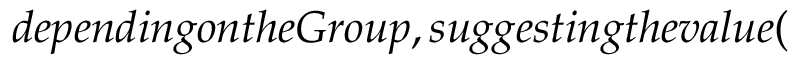
d e p e n d i n g o n t h e G r o u p , s u g g e s t i n g t h e v a l u e (